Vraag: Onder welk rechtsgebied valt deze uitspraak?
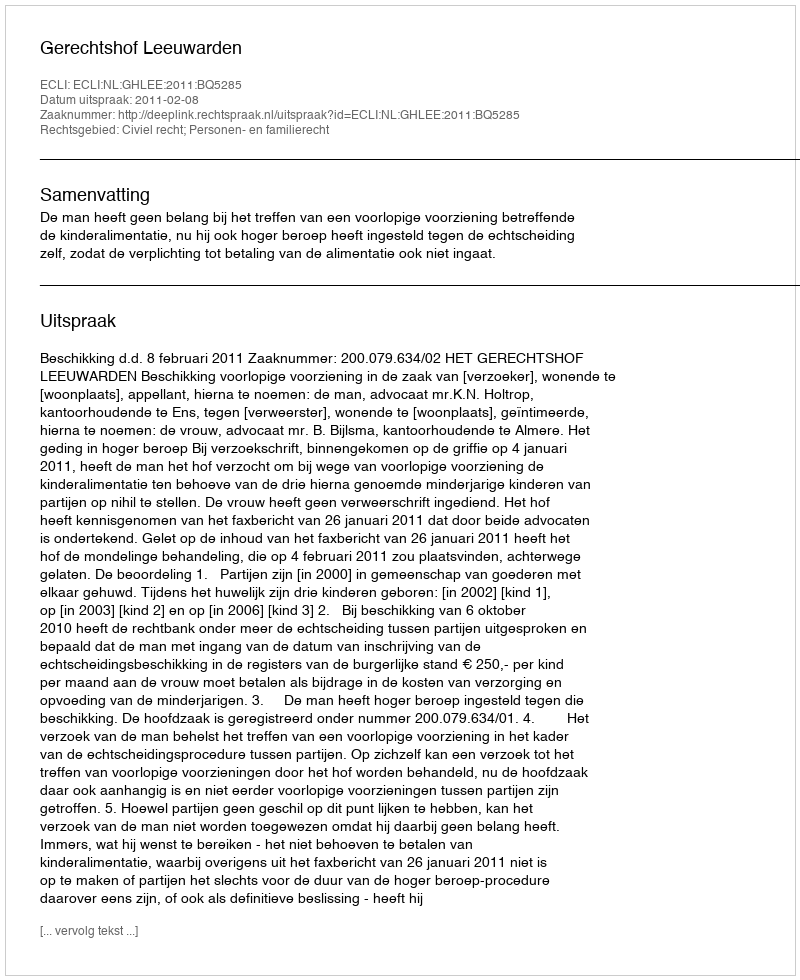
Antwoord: Civiel recht; Personen- en familierecht